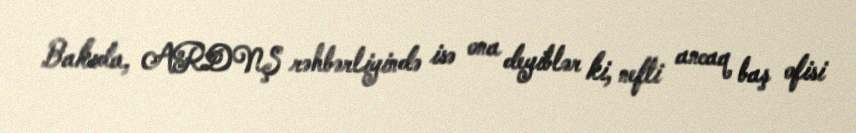
Bakıda, ARDNŞ rəhbərliyində isə ona deyiblər ki, nefti ancaq baş ofisi